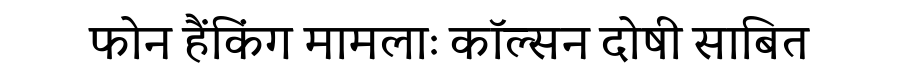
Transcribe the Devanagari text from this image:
फोन हैंकिंग मामलाः कॉल्सन दोषी साबित